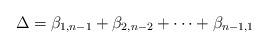
LaTeX: \begin{align*}\Delta=\beta_{1,n-1}+\beta_{2,n-2}+\dots +\beta_{n-1,1}\end{align*}